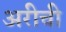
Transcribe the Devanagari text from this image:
अरीची